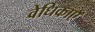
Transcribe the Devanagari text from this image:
वेधिकाएँ